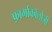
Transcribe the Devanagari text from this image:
फ़ार्माकॉलोजी